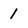
Character: 1